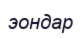
эондар